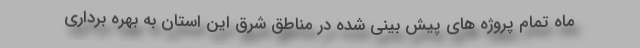
ماه تمام پروژه های پیش بینی شده در مناطق شرق این استان به بهره برداری